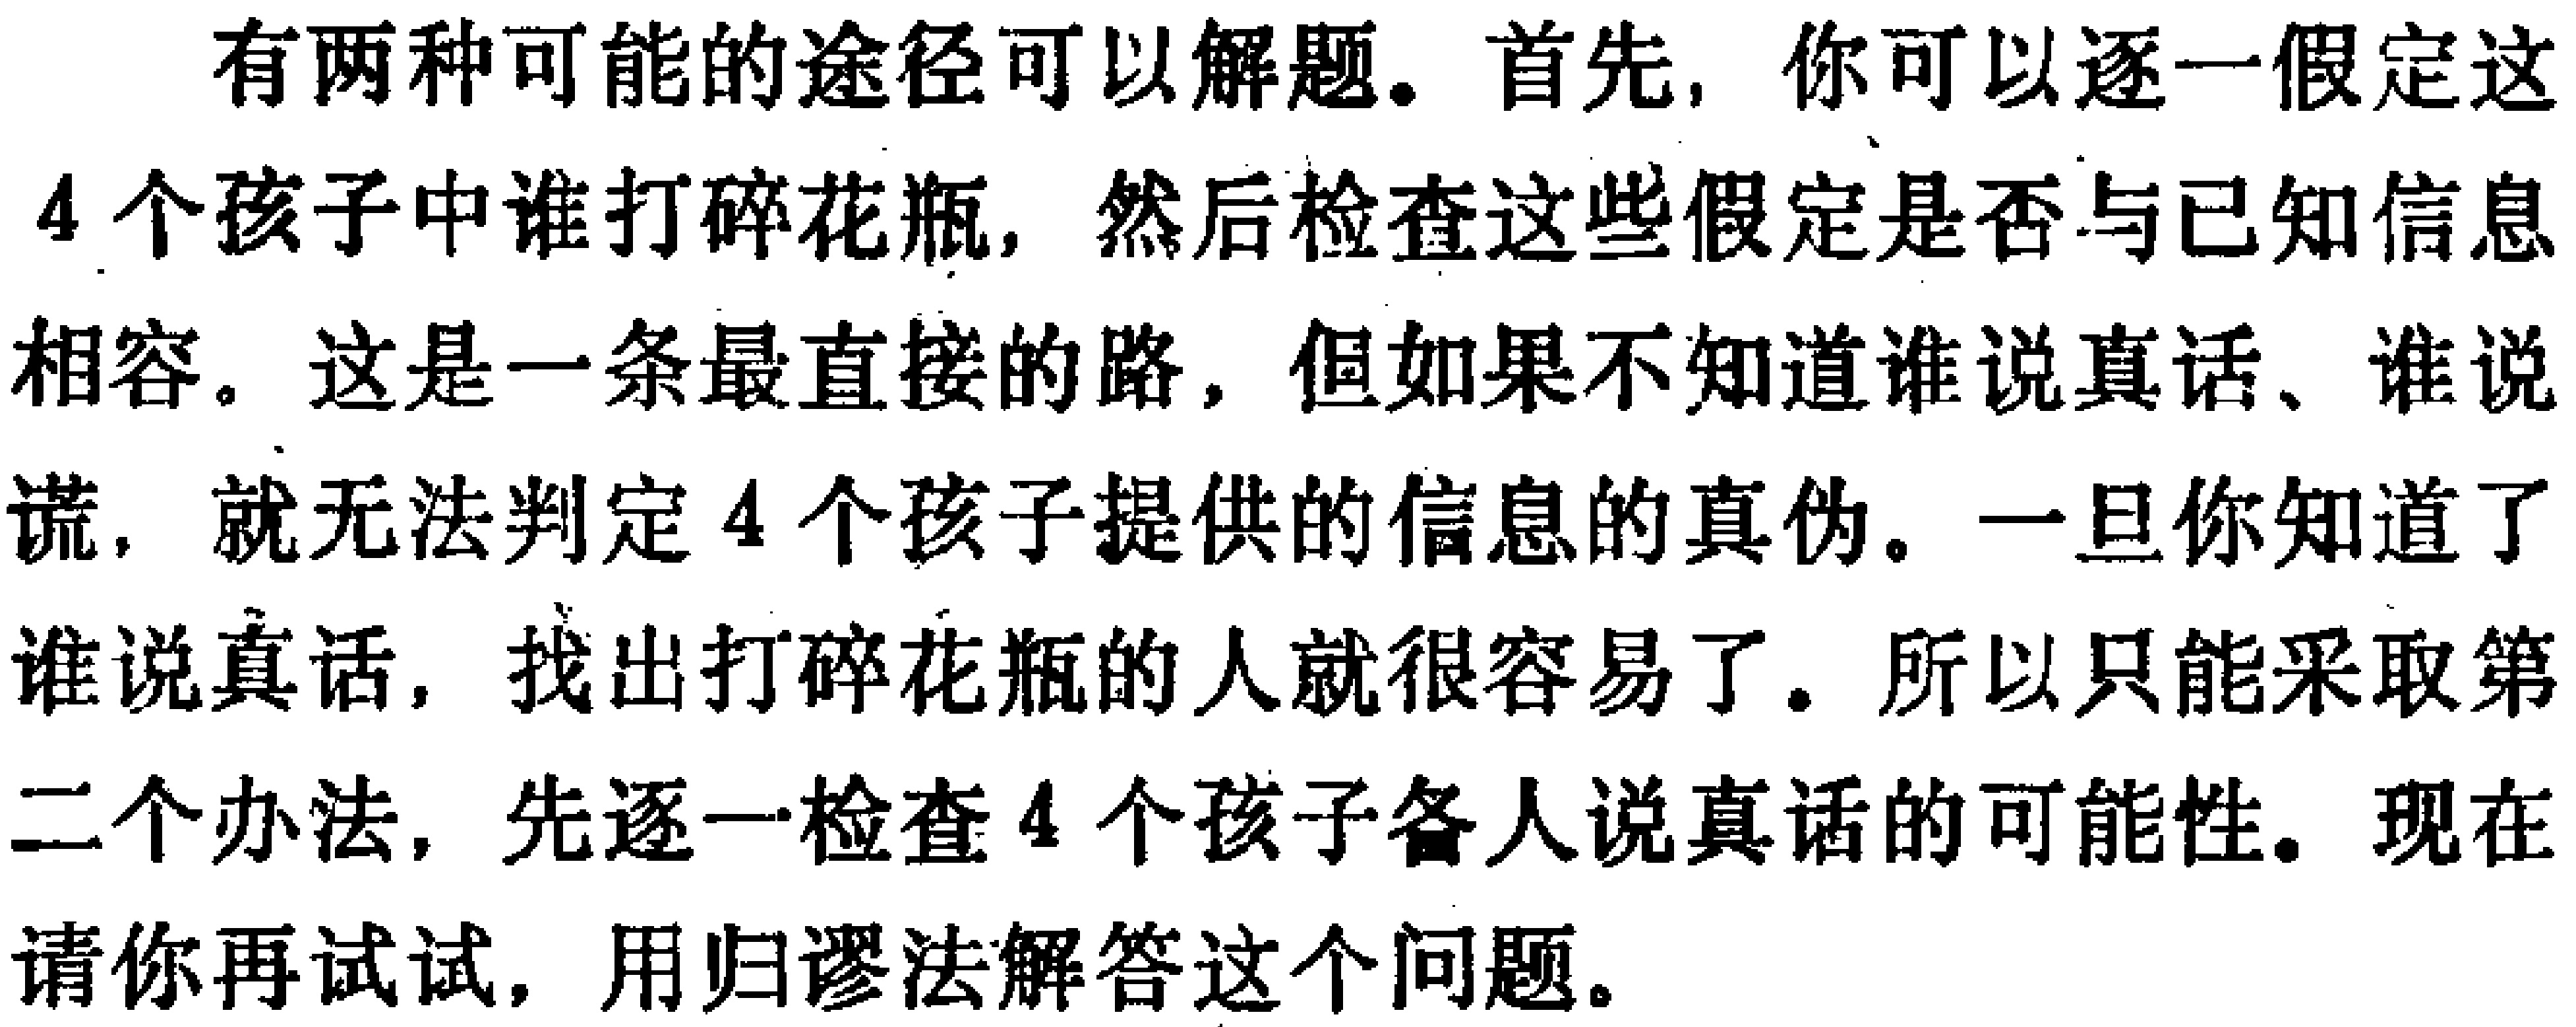
有两种可能的途径可以解题。首先，你可以逐一假定这
4 个孩子中谁打碎花瓶，然后检查这些假定是否与已知信息
相容。这是一条最直接的路，但如果不知道谁说真话、谁说
谎，就无法判定 4 个孩子提供的信息的真伪。一旦你知道了
谁说真话，找出打碎花瓶的人就很容易了。所以只能采取第
二个办法，先逐一检查 4 个孩子各人说真话的可能性。现在
请你再试试，用归谬法解答这个问题。